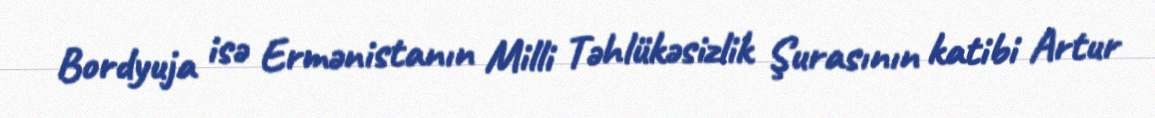
Bordyuja isə Ermənistanın Milli Təhlükəsizlik Şurasının katibi Artur